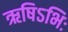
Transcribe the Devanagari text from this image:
ऋषिऽभिः